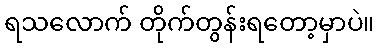
ရသလောက် တိုက်တွန်းရတော့မှာပဲ။